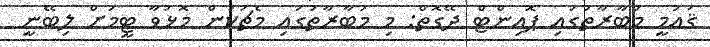
ޤައުމީ މުބާރާތުގައި ޕޮއިންޓް ދޭގޮތް: މި މުބާރާތުގައި މެޗަކުން މޮޅުވާ ޓީމަށް ލިބޭނީ